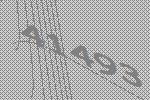
41493